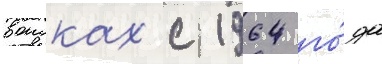
воисках с 1964 го́да